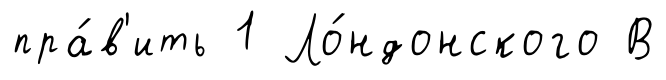
пра́в'ить 1 Ло́ндонского В